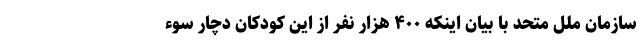
سازمان ملل متحد با بیان اینکه ۴۰۰ هزار نفر از این کودکان دچار سوء